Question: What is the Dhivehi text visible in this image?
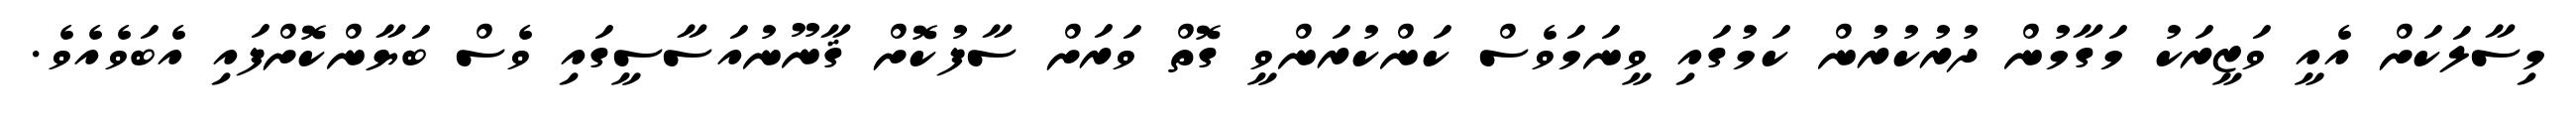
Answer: މިސާލަކަށް އެއީ ވަޒީރަކު މަގާމުން ދުރުކުރުން ކަމުގައި ވީނަމަވެސް ކަންކުރަންވީ ގޮތް ވަރަށް ސާފުކޮށް ޤާނޫނުއަސާސީގައި ވެސް ބަޔާންކޮށްފައި އެބަވެއެވެ.